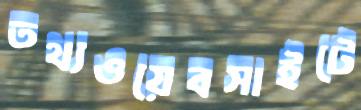
তথ্যওয়েবসাইটে